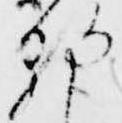
朝